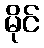
မိုင်